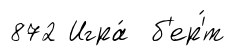
872 Игра́ б'ер'́т